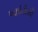
આઇટીસી